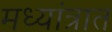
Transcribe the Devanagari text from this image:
मध्यांत्रात